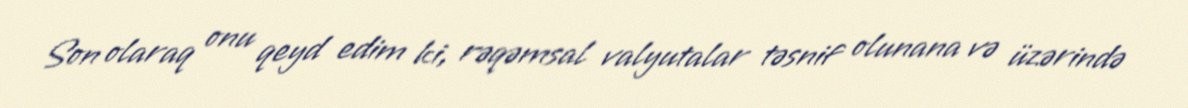
Son olaraq onu qeyd edim ki, rəqəmsal valyutalar təsnif olunana və üzərində